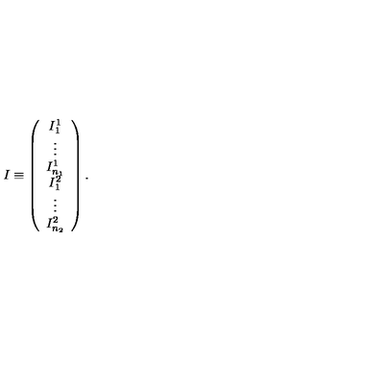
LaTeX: I \equiv \left( \begin{array} { c } { I _ { 1 } ^ { 1 } } \\ { \vdots } \\ { I _ { n _ { 1 } } ^ { 1 } } \\ { I _ { 1 } ^ { 2 } } \\ { \vdots } \\ { I _ { n _ { 2 } } ^ { 2 } } \\ \end{array} \right) .